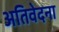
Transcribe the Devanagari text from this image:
अतिवेदना